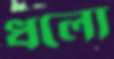
ধলো